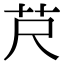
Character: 𦬨